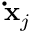
\mathbf { \dot { x } } _ { j }